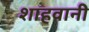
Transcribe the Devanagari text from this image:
शाहवानी